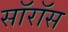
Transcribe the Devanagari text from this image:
सॉरॉस